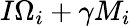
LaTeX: I\Omega_{i}+\gamma M_{i}